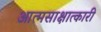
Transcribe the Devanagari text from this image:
आत्मसाक्षात्कारी